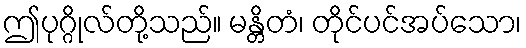
ဤပုဂ္ဂိုလ်တို့သည်။ မန္တိတံ၊ တိုင်ပင်အပ်သော၊